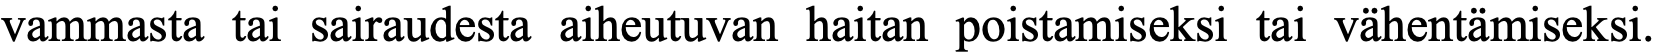
vammasta tai sairaudesta aiheutuvan haitan poistamiseksi tai vähentämiseksi.